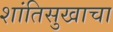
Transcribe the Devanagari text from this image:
शांतिसुखाचा